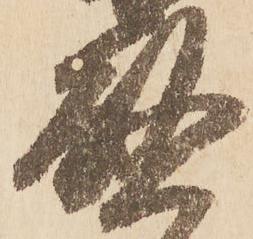
啓